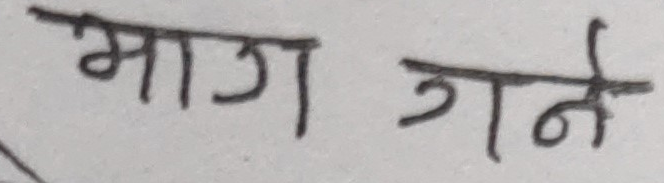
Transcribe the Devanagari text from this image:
माग गने